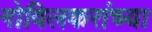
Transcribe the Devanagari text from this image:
गोविलकरांच्या